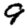
Digit: 9